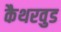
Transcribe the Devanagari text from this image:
कैथरवुड